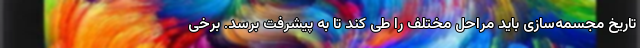
تاریخ مجسمه‌سازی باید مراحل مختلف را طی کند تا به پیشرفت برسد. برخی